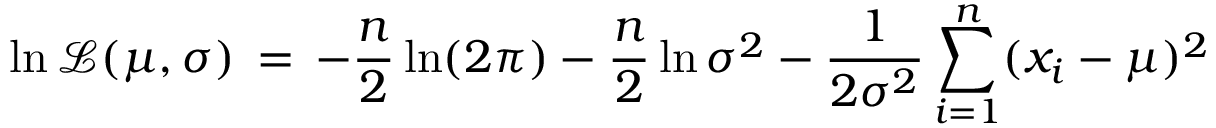
\ln { \mathcal { L } } ( \mu , \sigma ) \, = \, - { \frac { n } { 2 } } \ln ( 2 \pi ) - { \frac { n } { 2 } } \ln \sigma ^ { 2 } - { \frac { 1 } { 2 \sigma ^ { 2 } } } \sum _ { i = 1 } ^ { n } ( x _ { i } - \mu ) ^ { 2 }